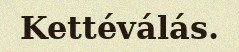
Kettéválás.